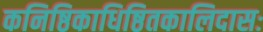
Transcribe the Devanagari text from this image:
कनिष्ठिकाधिष्ठितकालिदासः